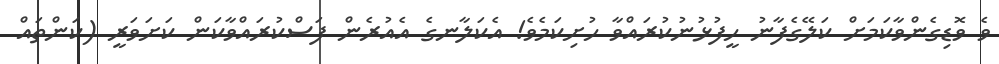
ވެ ވޮޑިގެންވާކަމަށް ކަލޭގެފާނު ހީފުޅުނުކުރައްވާ ހުށިކަމެވެ! އެކަލާނގެ އެއުރެން ފަސްކުރައްވާކަން ކަށަވަރީ (ކަންތައް